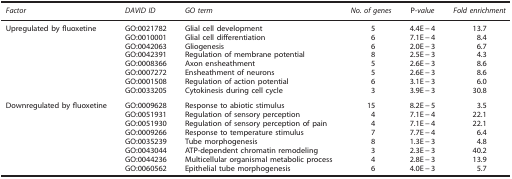
<table><thead><tr><td><b><i>Factor</i></b></td><td><b><i>DAVID ID</i></b></td><td><b><i>GO term</i></b></td><td><b><i>No. of genes</i></b></td><td><b>P<i>-value</i></b></td><td><b><i>Fold enrichment</i></b></td></tr></thead><tbody><tr><td>Upregulated by fluoxetine</td><td>GO:0021782</td><td>Glial cell development</td><td>5</td><td>4.4E−4</td><td>13.7</td></tr><tr><td> </td><td>GO:0010001</td><td>Glial cell differentiation</td><td>6</td><td>7.1E−4</td><td>8.4</td></tr><tr><td> </td><td>GO:0042063</td><td>Gliogenesis</td><td>6</td><td>2.0E−3</td><td>6.7</td></tr><tr><td> </td><td>GO:0042391</td><td>Regulation of membrane potential</td><td>8</td><td>2.5E−3</td><td>4.3</td></tr><tr><td> </td><td>GO:0008366</td><td>Axon ensheathment</td><td>5</td><td>2.6E−3</td><td>8.6</td></tr><tr><td> </td><td>GO:0007272</td><td>Ensheathment of neurons</td><td>5</td><td>2.6E−3</td><td>8.6</td></tr><tr><td> </td><td>GO:0001508</td><td>Regulation of action potential</td><td>6</td><td>3.1E−3</td><td>6.0</td></tr><tr><td> </td><td>GO:0033205</td><td>Cytokinesis during cell cycle</td><td>3</td><td>3.9E−3</td><td>30.8</td></tr><tr><td>Downregulated by fluoxetine</td><td>GO:0009628</td><td>Response to abiotic stimulus</td><td>15</td><td>8.2E−5</td><td>3.5</td></tr><tr><td> </td><td>GO:0051931</td><td>Regulation of sensory perception</td><td>4</td><td>7.1E−4</td><td>22.1</td></tr><tr><td> </td><td>GO:0051930</td><td>Regulation of sensory perception of pain</td><td>4</td><td>7.1E−4</td><td>22.1</td></tr><tr><td> </td><td>GO:0009266</td><td>Response to temperature stimulus</td><td>7</td><td>7.7E−4</td><td>6.4</td></tr><tr><td> </td><td>GO:0035239</td><td>Tube morphogenesis</td><td>8</td><td>1.3E−3</td><td>4.8</td></tr><tr><td> </td><td>GO:0043044</td><td>ATP-dependent chromatin remodeling</td><td>3</td><td>2.3E−3</td><td>40.2</td></tr><tr><td> </td><td>GO:0044236</td><td>Multicellular organismal metabolic process</td><td>4</td><td>2.8E−3</td><td>13.9</td></tr><tr><td> </td><td>GO:0060562</td><td>Epithelial tube morphogenesis</td><td>6</td><td>4.0E−3</td><td>5.7</td></tr></tbody></table>